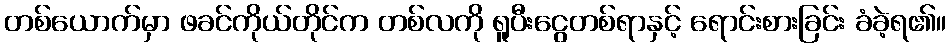
တစ်ယောက်မှာ ဖခင်ကိုယ်တိုင်က တစ်လကို ရူပီးငွေတစ်ရာနှင့် ရောင်းစားခြင်း ခံခဲ့ရ၏။